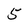
Character: 5